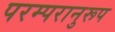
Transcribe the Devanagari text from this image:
परम्परानुरूप